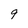
Character: 9